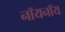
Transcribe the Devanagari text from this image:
नॉयनॉय